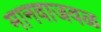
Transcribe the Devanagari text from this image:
मानवाजवळ